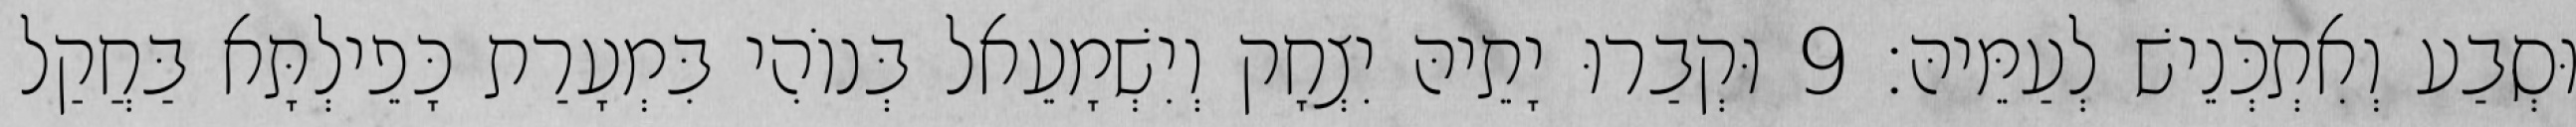
וּסְבַע וְאִתְכְּנֵישׁ לְעַמֵּיהּ׃ 9 וּקְבַרוּ יָתֵיהּ יִצְחָק וְיִשְׁמָעֵאל בְּנוֹהִי בִּמְעָרַת כָּפֵילְתָּא בַּחֲקַל